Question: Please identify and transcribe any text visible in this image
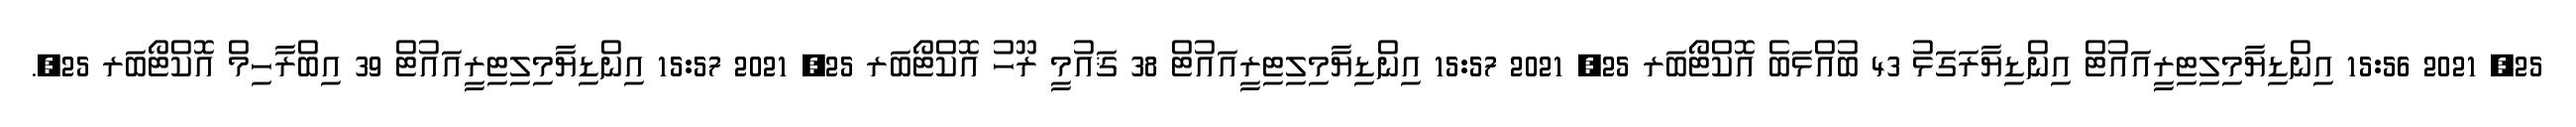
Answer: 25, 2021 15:56 އިންޑިޔާމިލިޓިރީއައުޓް އިންޑިޔާރަގަޅު 43 ބުއްޅަބެ އޮކްޓޯބަރ 25, 2021 15:57 އިންޑިޔާމިލިޓިރީއައުޓް 38 ޤައުމީ ރޫހު އޮކްޓޯބަރ 25, 2021 15:57 އިންޑިޔާމިލިޓިރީއައުޓް 39 އިބްރާހިމް އޮކްޓޯބަރ 25,.